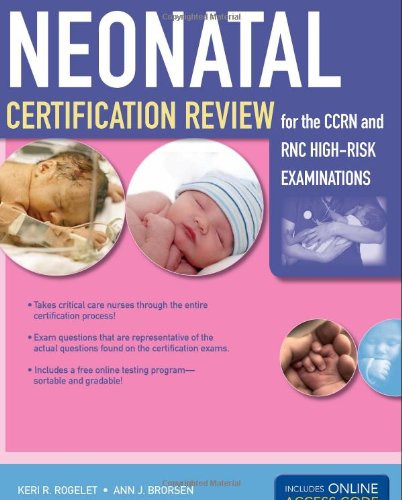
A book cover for Neonatal Certification Review For The CCRN And RNC High-Risk Examinations; Keri R. Rogelet; Test Preparation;